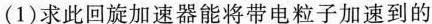
(1)求此回旋加速器能将带电粒子加速到的